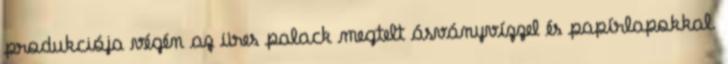
produkciója végén az üres palack megtelt ásványvízzel és papírlapokkal.